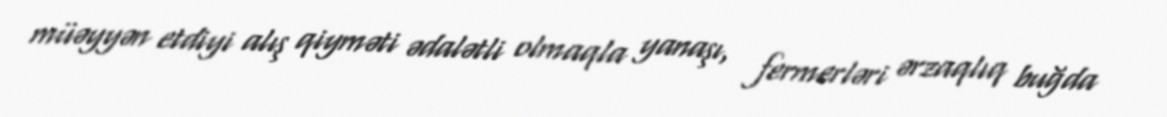
müəyyən etdiyi alış qiyməti ədalətli olmaqla yanaşı, fermerləri ərzaqlıq buğda